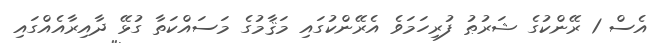
އެސް 1 ރޭންކުގެ ޝަރުޠު ފުރިހަމަވެ އެރޭންކުގައި މަޤާމުގެ މަސައްކަތާ ގުޅޭ ދާއިރާއެއްގައި